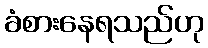
ခံစားနေရသည်ဟု